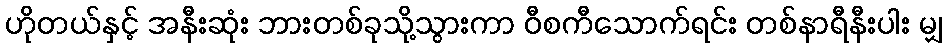
ဟိုတယ်နှင့် အနီးဆုံး ဘားတစ်ခုသို့သွားကာ ဝီစကီသောက်ရင်း တစ်နာရီနီးပါး မျှ